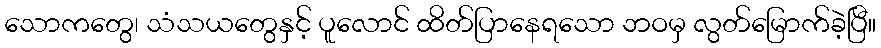
သောကတွေ၊ သံသယတွေနှင့် ပူလောင် ထိတ်ပြာနေရသော ဘဝမှ လွတ်မြောက်ခဲ့ပြီ။